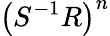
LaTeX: \left(S^{-1}R\right)^{n}